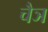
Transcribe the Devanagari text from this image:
चैञ